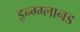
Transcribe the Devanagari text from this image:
इन्ग्ग्लानड